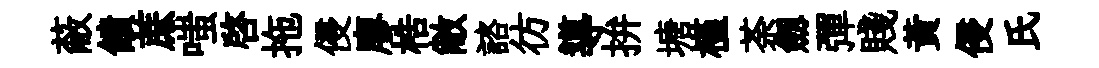
蔽饋蔗嗤啓拖侵廖梏敝諮彷導拚塘槿荼劔彈賤黄侵氏